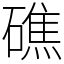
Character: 礁